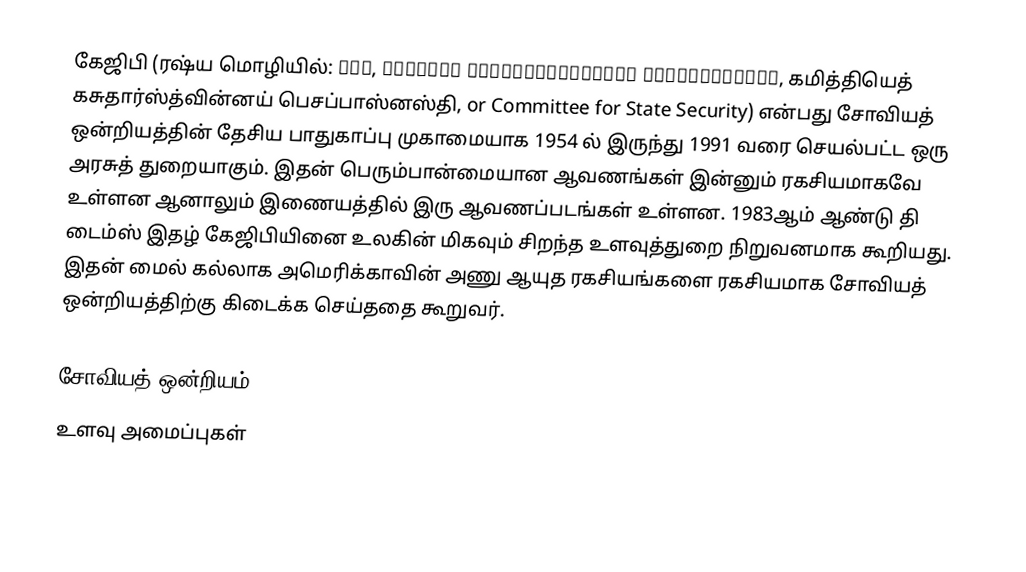
கேஜிபி (ரஷ்ய மொழியில்: КГБ, Комитет государственной безопасности, கமித்தியெத் கசுதார்ஸ்த்வின்னய் பெசப்பாஸ்னஸ்தி, or Committee for State Security) என்பது சோவியத் ஒன்றியத்தின் தேசிய பாதுகாப்பு முகாமையாக 1954 ல் இருந்து 1991 வரை செயல்பட்ட ஒரு அரசுத் துறையாகும். இதன் பெரும்பான்மையான ஆவணங்கள் இன்னும் ரகசியமாகவே உள்ளன ஆனாலும் இணையத்தில் இரு ஆவணப்படங்கள் உள்ளன. 1983ஆம் ஆண்டு தி டைம்ஸ் இதழ் கேஜிபியினை உலகின் மிகவும் சிறந்த உளவுத்துறை நிறுவனமாக கூறியது. இதன் மைல் கல்லாக அமெரிக்காவின் அணு ஆயுத ரகசியங்களை ரகசியமாக சோவியத் ஒன்றியத்திற்கு கிடைக்க செய்ததை கூறுவர்.

சோவியத் ஒன்றியம்
உளவு அமைப்புகள்